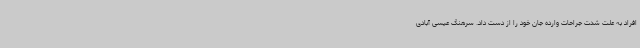
افراد به علت شدت جراحات وارده جان خود را از دست داد. سرهنگ عیسی آبادی